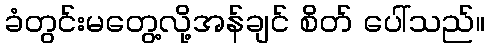
ခံတွင်းမတွေ့လို့အန်ချင် စိတ် ပေါ်သည်။